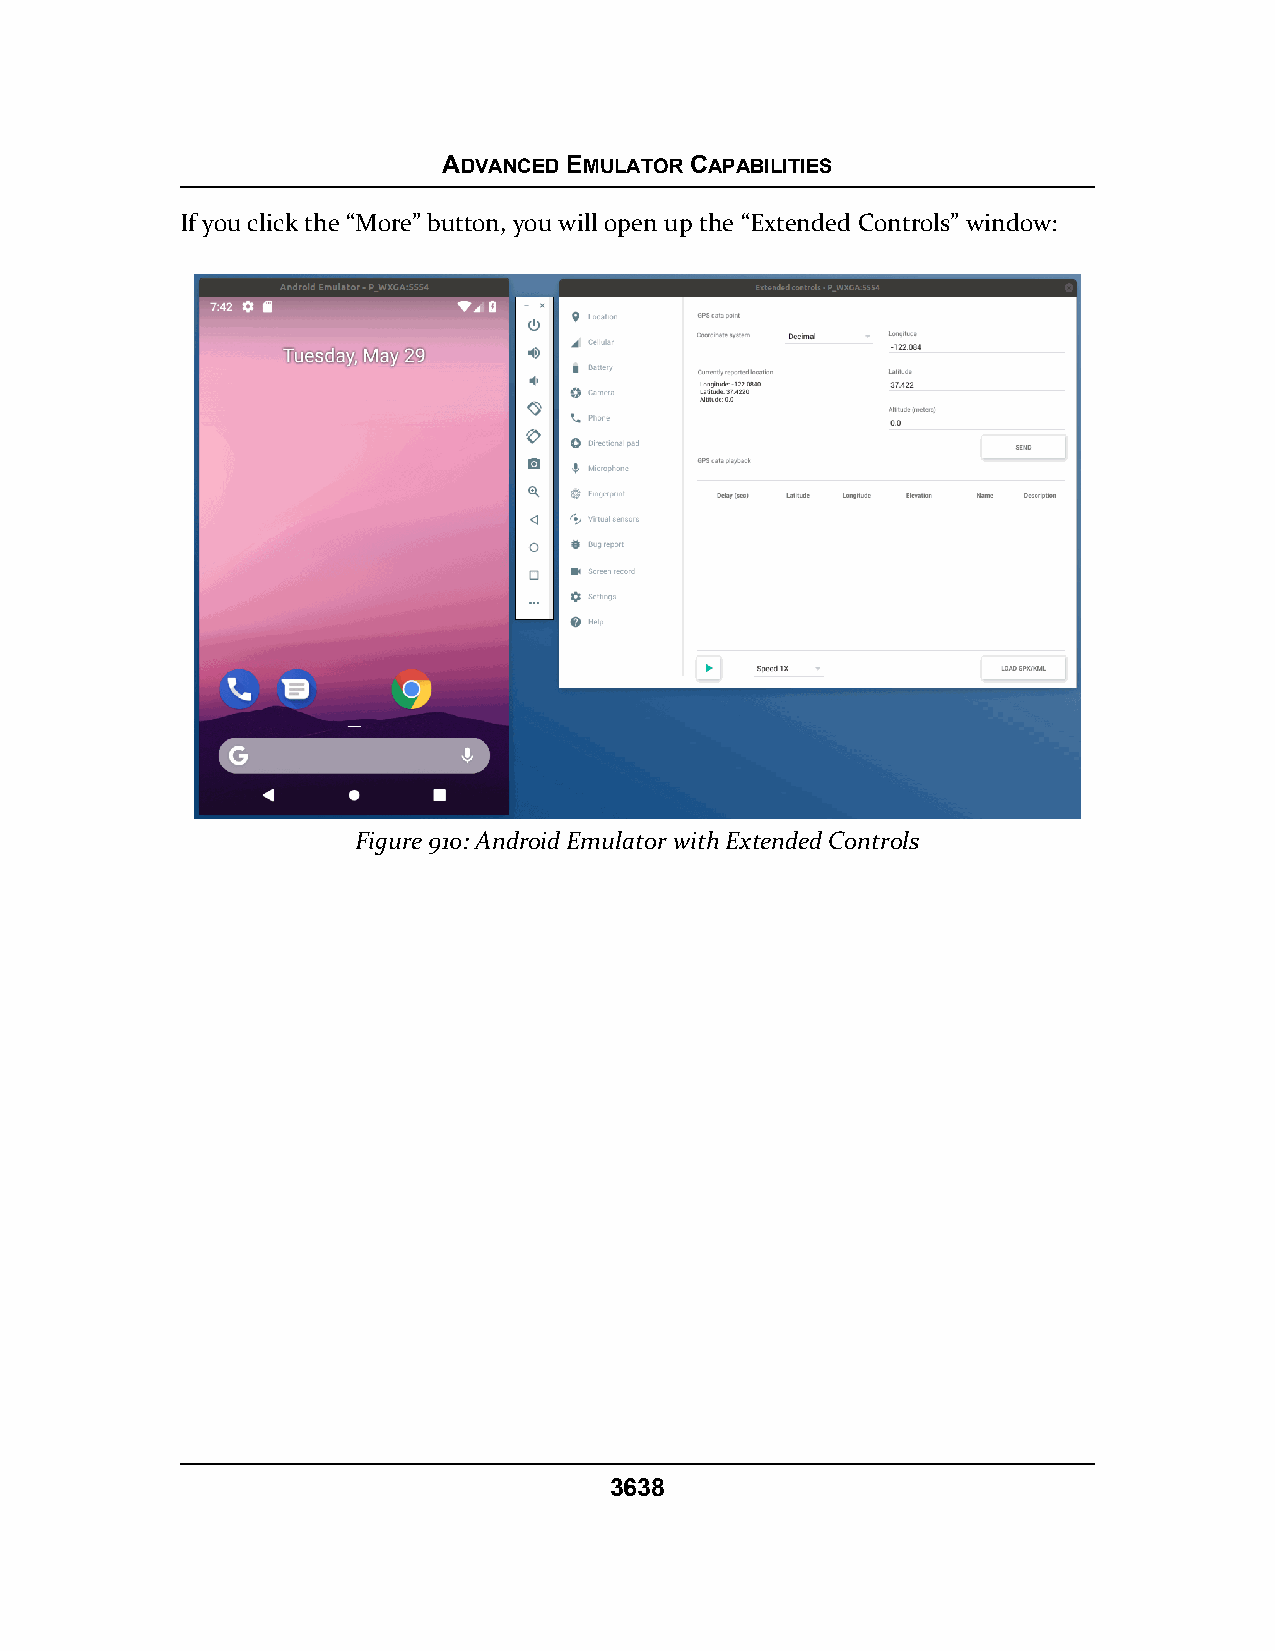
ADVANCED EMULATOR CAPABILITIES
 If you click the “More” button, you will open up the “Extended Controls” window:
 Figure 910: Android Emulator with Extended Controls
 3638